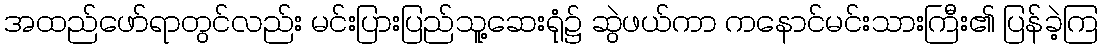
အထည်ဖော်ရာတွင်လည်း မင်းပြားပြည်သူ့ဆေးရုံ၌ ဆွဲဖယ်ကာ ကနောင်မင်းသားကြီး၏ ပြန်ခဲ့ကြ